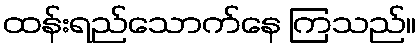
ထန်းရည်သောက်နေ ကြသည်။